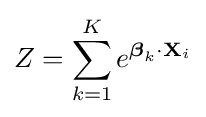
Z=\sum _{k=1}^{K}e^{{\boldsymbol {\beta }}_{k}\cdot \mathbf {X} _{i}}